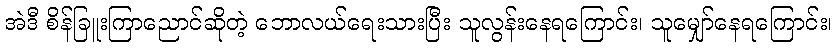
အဲဒီ စိန်ခြူးကြာညောင်ဆိုတဲ့ ဘောလယ်ရေးသားပြီး သူလွန်းနေရကြောင်း၊ သူမျှော်နေရကြောင်း၊